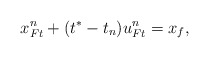
\begin{align*}x_{Ft}^n + (t^* - t_n) u_{Ft}^n = x_f, \end{align*}